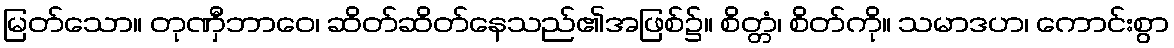
မြတ်သော။ တုဏှီဘာဝေ၊ ဆိတ်ဆိတ်နေသည်၏အဖြစ်၌။ စိတ္တံ၊ စိတ်ကို။ သမာဒဟ၊ ကောင်းစွာ